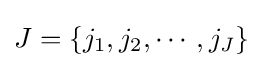
{\textstyle J=\left\{j_{1},j_{2},\cdots ,j_{J}\right\}}